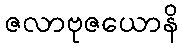
ဇလာဗုဇယောနိ